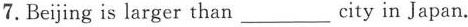
7.Beijing is larger than___city in Japan.